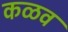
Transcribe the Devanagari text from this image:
कळव